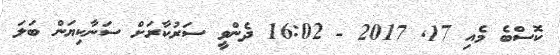
ކޮސްބެ މެއި 17